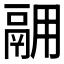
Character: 𫙅